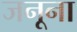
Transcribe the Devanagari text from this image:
जनूना